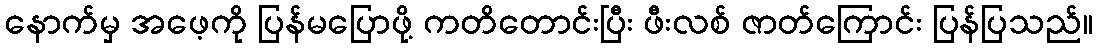
နောက်မှ အဖေ့ကို ပြန်မပြောဖို့ ကတိတောင်းပြီး ဖီးလစ် ဇာတ်ကြောင်း ပြန်ပြသည်။